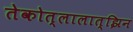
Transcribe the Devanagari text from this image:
तेकोत्लालात्झिन